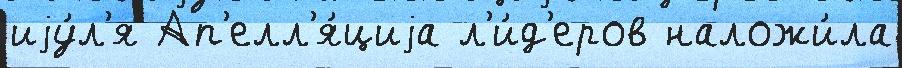
иjу́л'я Ап'елл'я́циjа л'и́д'еров наложи́ла